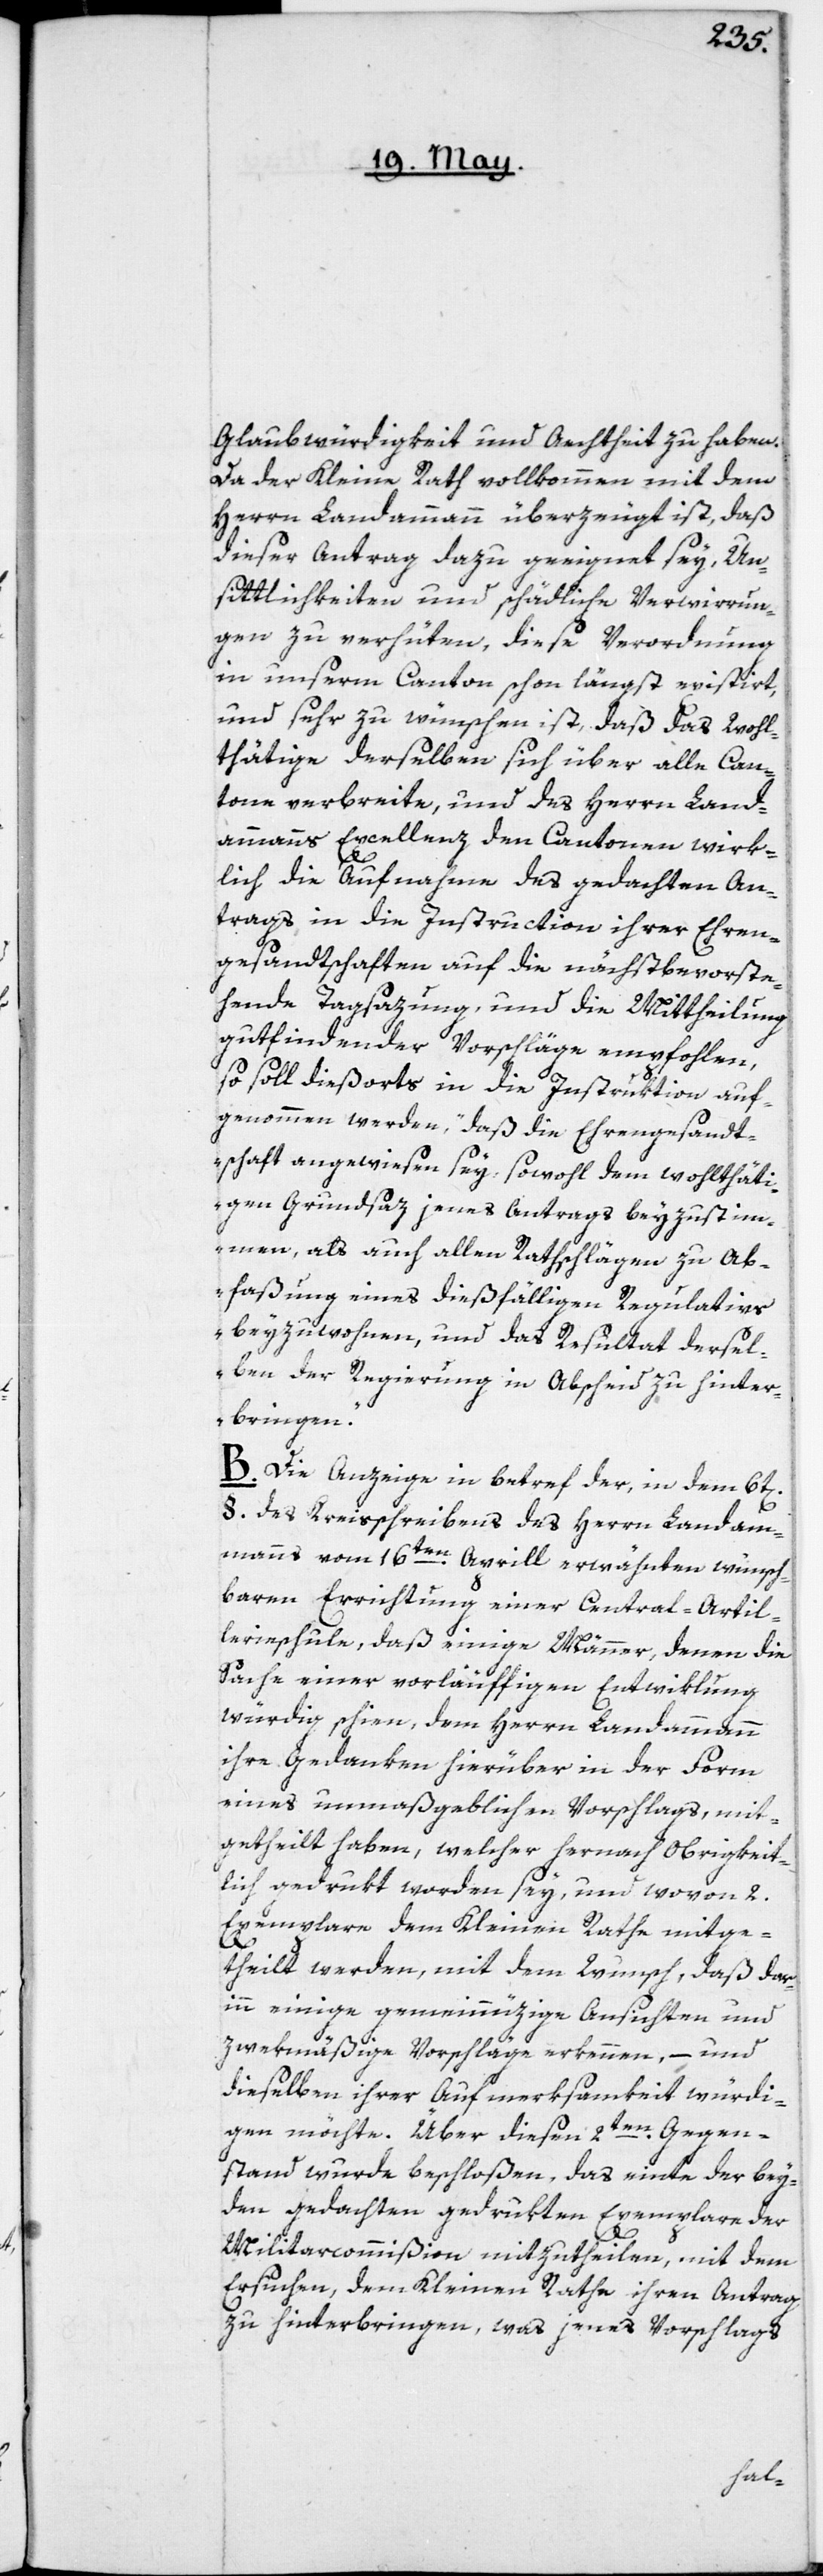
Glaubwürdigkeit und Aechtheit zu haben.
Da der Kleine Rath vollkommen mit dem
Herrn Landammann überzeugt ist, daß
dieser Antrag dazu geeignet sey, Un¬
sittlichkeiten und schädliche Verwirrun¬
gen zu verhüten, diese Verordnung
in unserm Canton schon längst existirt,
und sehr zu wünschen ist, daß das Wohl¬
thätige derselben sich über alle Can¬
tone verbreite, und des Herrn Land¬
ammanns Excellenz den Cantonen wirk¬
lich die Aufnahme des gedachten An¬
trags, in die Instruction ihrer Ehren¬
gesandtschaften auf die nächstbevorste¬
hende Tagsazung, und die Mittheilung
gutfindender Vorschläge empfohlen,
so soll dießorts in die Instruktion auf¬
genommen werden, „daß die Ehrengesandt¬
schaft angewiesen sey, sowohl dem wohlthäti¬
gen Grundsaz jenes Antrags beyzustim¬
men, als auch allen Rathschlägen zu Ab¬
faßung eines dießfälligen Regulativs
beyzuwohnen, und das Resultat dersel¬
ben der Regierung in Abscheid zu hinter¬
bringen“.
B. Die Anzeige in betref der, in dem 6t[en]
§. des Kreisschreibens des Herrn Landam¬
manns vom 16ten Aprill erwähnten wünsch¬
baren Errichtung einer Central-Artil¬
lerieschule, daß einige Männer, denen die
Sache einer vorläuffigen Entwiklung
würdig schien, dem Herrn Landammann
ihre Gedanken hierüber in der Form
eines unmaßgeblichen Vorschlags, mit¬
getheilt haben, welcher hernach Obrigkeit¬
lich gedrukt worden sey, und wovon 2.
Exemplare dem Kleinen Rathe mitge¬
theilt werden, mit dem Wunsch, daß dar¬
inn einige gemeinnüzige Ansichten und
zwekmäßige Vorschläge erkennen, – und
dieselben ihrer Aufmerksamkeit würdi¬
gen möchte. Über diesen 2ten Gegen¬
stand wurde beschloßen, das einte der bey¬
den gedachten gedrukten Exemplare der
Militarcommißion mitzutheilen, mit dem
Ersuchen, dem Kleinen Rathe ihren Antrag
zu hinterbringen, was jenes Vorschlags